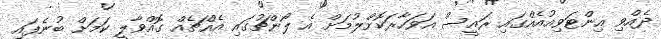
ދެއްވި އިންޓަވިއުއެއްގައި ރައީސް އަވަހާރަކޮށްލުމަށް އެ ލޯންޗުގައި އެއްޗެއް ގޮއްވާލީ ކަމަށް ބުނެފައި